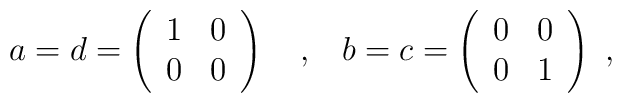
a=d=\left(\begin{array}{cc}1 & 0 \\0 & 0\end{array}\right) \mathrm{\ \ \ ,\ \ \ }b=c=\left(\begin{array}{cc}0 & 0 \\0 & 1\end{array}\right)~,